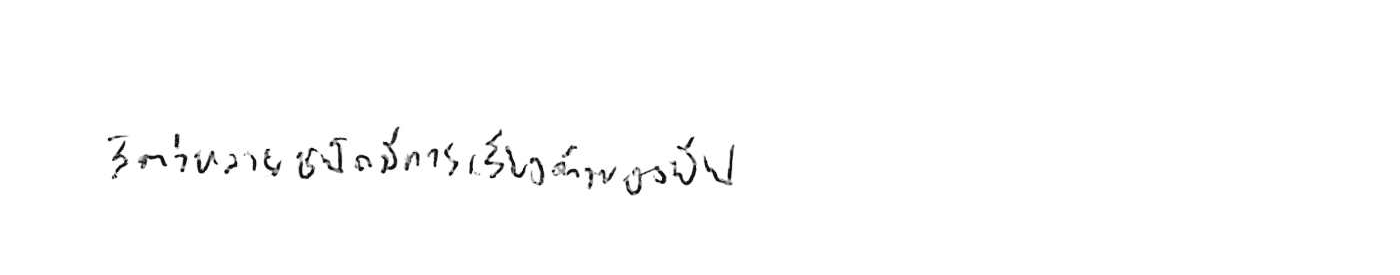
สัตว์หลายชนิดมีการเรียงตัวของยีน